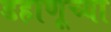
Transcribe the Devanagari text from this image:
डहाणूच्या